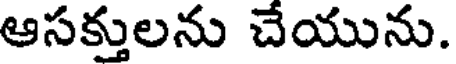
ఆసక్తులను చేయును.